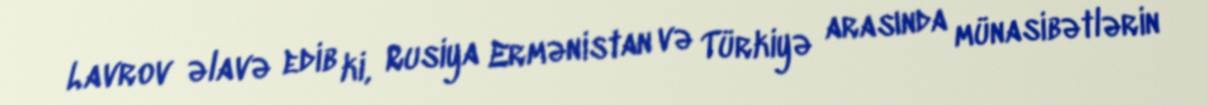
Lavrov əlavə edib ki, Rusiya Ermənistan və Türkiyə arasında münasibətlərin